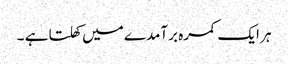
ہر ایک کمرہ برآمدے میں کھلتا ہے ۔